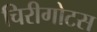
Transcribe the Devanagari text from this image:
चिरीगोटस